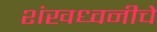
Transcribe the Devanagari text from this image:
शंखध्वनीचे